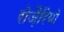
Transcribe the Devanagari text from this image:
रोज़ैरियो